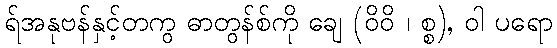
ရ်အနုဗန်နှင့်တကွ ဓာတွန်စ်ကို ချေ (ဝိဝိ ၊ စ္စ), ဝါ ပရော